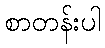
စာတန်းပါ